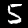
Label: 5